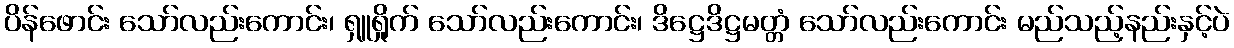
ပိန်ဖောင်း သော်လည်းကောင်း၊ ရှူရှိုက် သော်လည်းကောင်း၊ ဒိဋ္ဌေဒိဋ္ဌမတ္တံ သော်လည်းကောင်း မည်သည့်နည်းနှင့်ပဲ